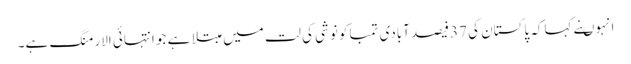
انہوںنے کہاکہ پاکستان کی 37فیصد آبادی تمباکو نوشی کی لت میں مبتلا ہے جو انتہائی الارمنگ ہے۔